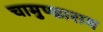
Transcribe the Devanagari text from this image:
चामुण्डाराय